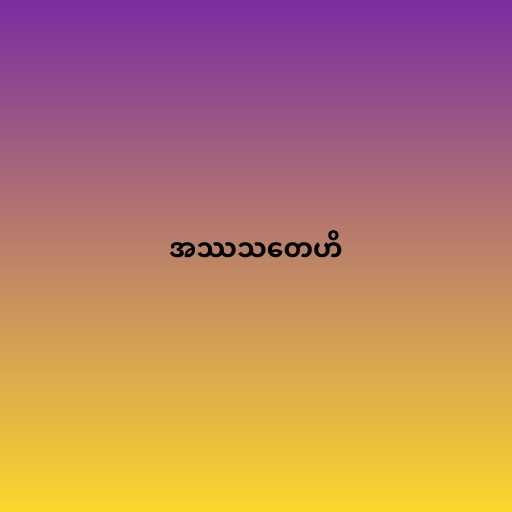
အဿသတေဟိ